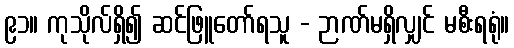
၉၁။ ကုသိုလ်ရှိ၍ ဆင်ဖြူတော်ရသူ - ဉာဏ်မရှိလျှင် မစီးရရုံ။